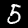
Digit: 5